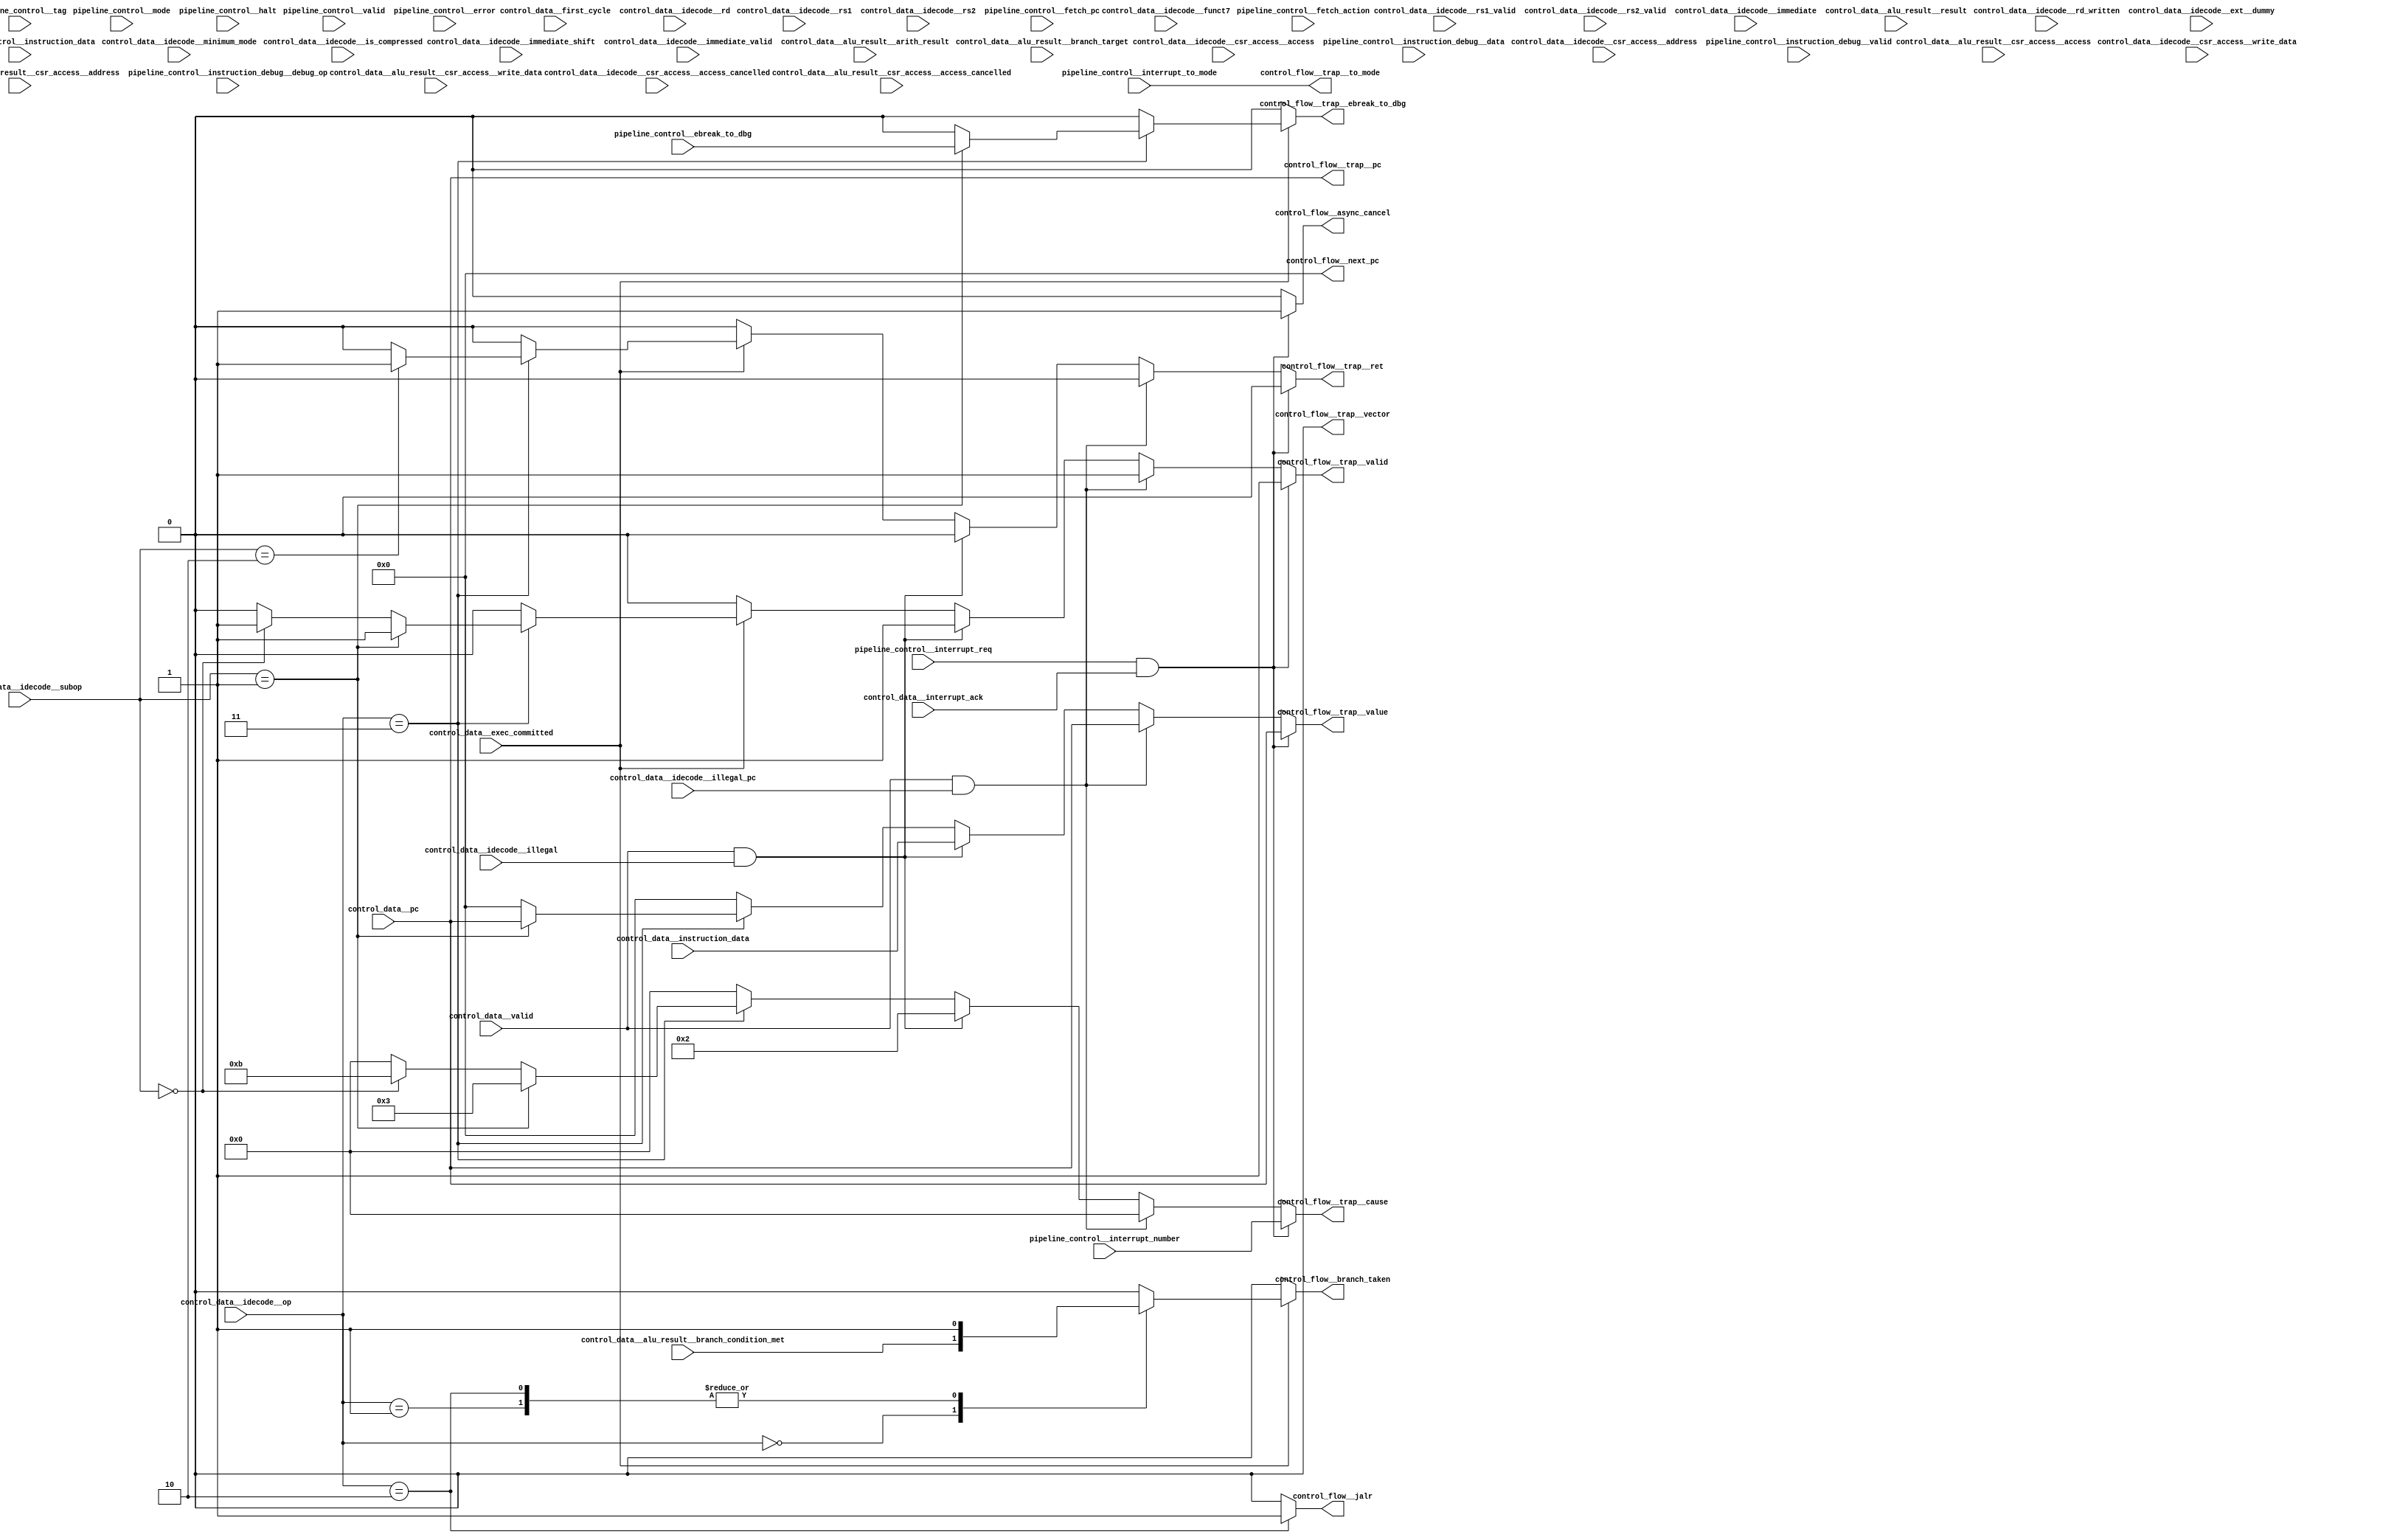
//a Note: created by CDL 1.4 - do not hand edit without recognizing it will be out of sync with the source
// Output mode 0 (VMOD=1, standard verilog=0)
// Verilog option comb reg suffix '__var'
// Verilog option include_displays 0
// Verilog option include_assertions 1
// Verilog option sv_assertions 0
// Verilog option assert delay string '<NULL>'
// Verilog option include_coverage 0
// Verilog option clock_gate_module_instance_type 'banana'
// Verilog option clock_gate_module_instance_extra_ports ''
// Verilog option use_always_at_star 1
// Verilog option clocks_must_have_enables 1

//a Module riscv_i32_control_flow
    //   
    //   
    //   
module riscv_i32_control_flow
(

    control_data__interrupt_ack,
    control_data__valid,
    control_data__exec_committed,
    control_data__first_cycle,
    control_data__idecode__rs1,
    control_data__idecode__rs1_valid,
    control_data__idecode__rs2,
    control_data__idecode__rs2_valid,
    control_data__idecode__rd,
    control_data__idecode__rd_written,
    control_data__idecode__csr_access__access_cancelled,
    control_data__idecode__csr_access__access,
    control_data__idecode__csr_access__address,
    control_data__idecode__csr_access__write_data,
    control_data__idecode__immediate,
    control_data__idecode__immediate_shift,
    control_data__idecode__immediate_valid,
    control_data__idecode__op,
    control_data__idecode__subop,
    control_data__idecode__funct7,
    control_data__idecode__minimum_mode,
    control_data__idecode__illegal,
    control_data__idecode__illegal_pc,
    control_data__idecode__is_compressed,
    control_data__idecode__ext__dummy,
    control_data__pc,
    control_data__instruction_data,
    control_data__alu_result__result,
    control_data__alu_result__arith_result,
    control_data__alu_result__branch_condition_met,
    control_data__alu_result__branch_target,
    control_data__alu_result__csr_access__access_cancelled,
    control_data__alu_result__csr_access__access,
    control_data__alu_result__csr_access__address,
    control_data__alu_result__csr_access__write_data,
    pipeline_control__valid,
    pipeline_control__fetch_action,
    pipeline_control__fetch_pc,
    pipeline_control__mode,
    pipeline_control__error,
    pipeline_control__tag,
    pipeline_control__halt,
    pipeline_control__ebreak_to_dbg,
    pipeline_control__interrupt_req,
    pipeline_control__interrupt_number,
    pipeline_control__interrupt_to_mode,
    pipeline_control__instruction_data,
    pipeline_control__instruction_debug__valid,
    pipeline_control__instruction_debug__debug_op,
    pipeline_control__instruction_debug__data,

    control_flow__async_cancel,
    control_flow__branch_taken,
    control_flow__jalr,
    control_flow__next_pc,
    control_flow__trap__valid,
    control_flow__trap__to_mode,
    control_flow__trap__cause,
    control_flow__trap__pc,
    control_flow__trap__value,
    control_flow__trap__ret,
    control_flow__trap__vector,
    control_flow__trap__ebreak_to_dbg
);

    //b Clocks

    //b Inputs
    input control_data__interrupt_ack;
    input control_data__valid;
    input control_data__exec_committed;
    input control_data__first_cycle;
    input [4:0]control_data__idecode__rs1;
    input control_data__idecode__rs1_valid;
    input [4:0]control_data__idecode__rs2;
    input control_data__idecode__rs2_valid;
    input [4:0]control_data__idecode__rd;
    input control_data__idecode__rd_written;
    input control_data__idecode__csr_access__access_cancelled;
    input [2:0]control_data__idecode__csr_access__access;
    input [11:0]control_data__idecode__csr_access__address;
    input [31:0]control_data__idecode__csr_access__write_data;
    input [31:0]control_data__idecode__immediate;
    input [4:0]control_data__idecode__immediate_shift;
    input control_data__idecode__immediate_valid;
    input [3:0]control_data__idecode__op;
    input [3:0]control_data__idecode__subop;
    input [6:0]control_data__idecode__funct7;
    input [2:0]control_data__idecode__minimum_mode;
    input control_data__idecode__illegal;
    input control_data__idecode__illegal_pc;
    input control_data__idecode__is_compressed;
    input control_data__idecode__ext__dummy;
    input [31:0]control_data__pc;
    input [31:0]control_data__instruction_data;
    input [31:0]control_data__alu_result__result;
    input [31:0]control_data__alu_result__arith_result;
    input control_data__alu_result__branch_condition_met;
    input [31:0]control_data__alu_result__branch_target;
    input control_data__alu_result__csr_access__access_cancelled;
    input [2:0]control_data__alu_result__csr_access__access;
    input [11:0]control_data__alu_result__csr_access__address;
    input [31:0]control_data__alu_result__csr_access__write_data;
    input pipeline_control__valid;
    input [2:0]pipeline_control__fetch_action;
    input [31:0]pipeline_control__fetch_pc;
    input [2:0]pipeline_control__mode;
    input pipeline_control__error;
    input [1:0]pipeline_control__tag;
    input pipeline_control__halt;
    input pipeline_control__ebreak_to_dbg;
    input pipeline_control__interrupt_req;
    input [3:0]pipeline_control__interrupt_number;
    input [2:0]pipeline_control__interrupt_to_mode;
    input [31:0]pipeline_control__instruction_data;
    input pipeline_control__instruction_debug__valid;
    input [1:0]pipeline_control__instruction_debug__debug_op;
    input [15:0]pipeline_control__instruction_debug__data;

    //b Outputs
    output control_flow__async_cancel;
    output control_flow__branch_taken;
    output control_flow__jalr;
    output [31:0]control_flow__next_pc;
    output control_flow__trap__valid;
    output [2:0]control_flow__trap__to_mode;
    output [3:0]control_flow__trap__cause;
    output [31:0]control_flow__trap__pc;
    output [31:0]control_flow__trap__value;
    output control_flow__trap__ret;
    output control_flow__trap__vector;
    output control_flow__trap__ebreak_to_dbg;

// output components here

    //b Output combinatorials
    reg control_flow__async_cancel;
    reg control_flow__branch_taken;
    reg control_flow__jalr;
    reg [31:0]control_flow__next_pc;
    reg control_flow__trap__valid;
    reg [2:0]control_flow__trap__to_mode;
    reg [3:0]control_flow__trap__cause;
    reg [31:0]control_flow__trap__pc;
    reg [31:0]control_flow__trap__value;
    reg control_flow__trap__ret;
    reg control_flow__trap__vector;
    reg control_flow__trap__ebreak_to_dbg;

    //b Output nets

    //b Internal and output registers

    //b Internal combinatorials

    //b Internal nets

    //b Clock gating module instances
    //b Module instances
    //b code combinatorial process
    always @ ( * )//code
    begin: code__comb_code
    reg control_flow__trap__valid__var;
    reg [2:0]control_flow__trap__to_mode__var;
    reg [3:0]control_flow__trap__cause__var;
    reg [31:0]control_flow__trap__pc__var;
    reg [31:0]control_flow__trap__value__var;
    reg control_flow__trap__ret__var;
    reg control_flow__trap__ebreak_to_dbg__var;
    reg control_flow__branch_taken__var;
    reg control_flow__jalr__var;
    reg control_flow__async_cancel__var;
        control_flow__trap__valid__var = 1'h0;
        control_flow__trap__to_mode__var = 3'h0;
        control_flow__trap__cause__var = 4'h0;
        control_flow__trap__pc__var = 32'h0;
        control_flow__trap__value__var = 32'h0;
        control_flow__trap__ret__var = 1'h0;
        control_flow__trap__vector = 1'h0;
        control_flow__trap__ebreak_to_dbg__var = 1'h0;
        control_flow__branch_taken__var = 1'h0;
        control_flow__jalr__var = 1'h0;
        control_flow__next_pc = 32'h0;
        control_flow__trap__pc__var = control_data__pc;
        control_flow__async_cancel__var = 1'h0;
        control_flow__trap__to_mode__var = pipeline_control__interrupt_to_mode;
        case (control_data__idecode__op) //synopsys parallel_case
        4'h0: // req 1
            begin
            control_flow__branch_taken__var = control_data__alu_result__branch_condition_met;
            end
        4'h1: // req 1
            begin
            control_flow__branch_taken__var = 1'h1;
            end
        4'h2: // req 1
            begin
            control_flow__branch_taken__var = 1'h1;
            control_flow__jalr__var = 1'h1;
            end
        4'h3: // req 1
            begin
            if ((control_data__idecode__subop==4'h2))
            begin
                control_flow__trap__ret__var = 1'h1;
                control_flow__trap__cause__var = 4'h0;
            end //if
            if ((control_data__idecode__subop==4'h0))
            begin
                control_flow__trap__valid__var = 1'h1;
                control_flow__trap__cause__var = 4'hb;
            end //if
            if ((control_data__idecode__subop==4'h1))
            begin
                control_flow__trap__valid__var = 1'h1;
                control_flow__trap__ebreak_to_dbg__var = pipeline_control__ebreak_to_dbg;
                control_flow__trap__cause__var = 4'h3;
                control_flow__trap__value__var = control_data__pc;
            end //if
            end
        //synopsys  translate_off
        //pragma coverage off
        //synopsys  translate_on
        default:
            begin
            //Need a default case to make Cadence Lint happy, even though this is not a full case
            end
        //synopsys  translate_off
        //pragma coverage on
        //synopsys  translate_on
        endcase
        if (!(control_data__exec_committed!=1'h0))
        begin
            control_flow__trap__valid__var = 1'h0;
            control_flow__trap__ret__var = 1'h0;
            control_flow__trap__ebreak_to_dbg__var = 1'h0;
            control_flow__branch_taken__var = 1'h0;
        end //if
        if (((control_data__valid!=1'h0)&&(control_data__idecode__illegal!=1'h0)))
        begin
            control_flow__trap__valid__var = 1'h1;
            control_flow__trap__ret__var = 1'h0;
            control_flow__trap__cause__var = 4'h2;
            control_flow__trap__value__var = control_data__instruction_data;
        end //if
        if (((control_data__valid!=1'h0)&&(control_data__idecode__illegal_pc!=1'h0)))
        begin
            control_flow__trap__valid__var = 1'h1;
            control_flow__trap__ret__var = 1'h0;
            control_flow__trap__cause__var = 4'h0;
            control_flow__trap__value__var = control_data__pc;
        end //if
        if (((pipeline_control__interrupt_req!=1'h0)&&(control_data__interrupt_ack!=1'h0)))
        begin
            control_flow__async_cancel__var = 1'h1;
            control_flow__trap__valid__var = 1'h1;
            control_flow__trap__ret__var = 1'h0;
            control_flow__trap__cause__var = 4'hf;
            control_flow__trap__cause__var[3:0] = pipeline_control__interrupt_number;
            control_flow__trap__value__var = control_data__pc;
        end //if
        control_flow__trap__valid = control_flow__trap__valid__var;
        control_flow__trap__to_mode = control_flow__trap__to_mode__var;
        control_flow__trap__cause = control_flow__trap__cause__var;
        control_flow__trap__pc = control_flow__trap__pc__var;
        control_flow__trap__value = control_flow__trap__value__var;
        control_flow__trap__ret = control_flow__trap__ret__var;
        control_flow__trap__ebreak_to_dbg = control_flow__trap__ebreak_to_dbg__var;
        control_flow__branch_taken = control_flow__branch_taken__var;
        control_flow__jalr = control_flow__jalr__var;
        control_flow__async_cancel = control_flow__async_cancel__var;
    end //always

endmodule // riscv_i32_control_flow